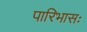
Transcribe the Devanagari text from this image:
पारिभासः